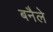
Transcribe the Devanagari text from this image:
बनैले